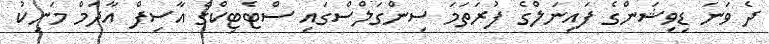
ދެ ވަނަ ޑިވިޝަންގެ ފައިނަލްގެ ފުރަތަމަ ސިންގަލްސްގައި ސްޓެޓިކްގެ އާސިފް އާދަމް މަނިކު